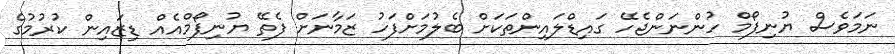
ނަމަވެސް ޔުނިފޯމް ހުންނަންޖެހޭ ގައިޑްލައިންތަކަށް ބެލުމަށްފަހު ޒަމާނަށް ފެތޭ ޔުނިފޯމްއެއް ޑިޒައިން ކުރުމުގެ